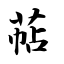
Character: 萜